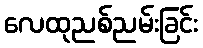
လေထုညစ်ညမ်းခြင်း